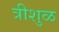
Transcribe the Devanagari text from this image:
त्रीशुळ